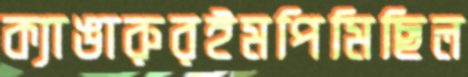
ক্যাঙারুরইমপিমিছিল